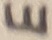
Text: E